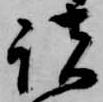
諸